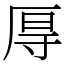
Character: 㕌